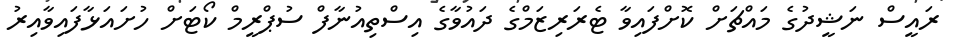
ރައީސް ނަޝީދުގެ މައްޗަށް ކޮށްފައިވާ ޓެރަރިޒަމްގެ ދައުވާގެ އިސްތިއުނާފް ސުޕްރީމް ކޯޓަށް ހުށައަޅާފައިވާއިރު